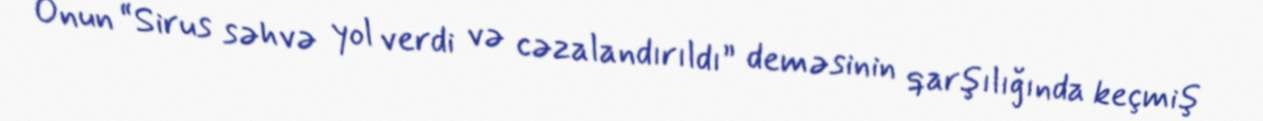
Onun “Sirus səhvə yol verdi və cəzalandırıldı” deməsinin qarşılığında keçmiş